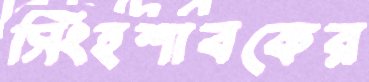
সিংহশাবকের